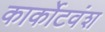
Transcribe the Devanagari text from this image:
कार्कोटवंश